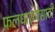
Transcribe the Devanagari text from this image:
फलधारणेसाठी